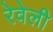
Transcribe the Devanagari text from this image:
रेवेली